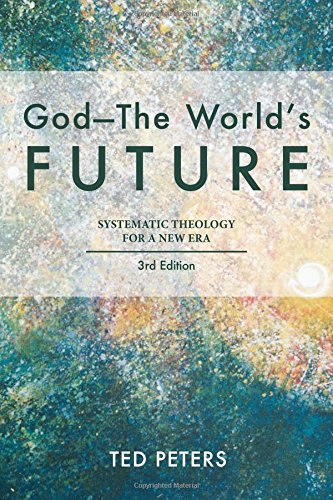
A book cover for God - the World's Future: Systematic Theology for a New Era; Ted Peters; Christian Books & Bibles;